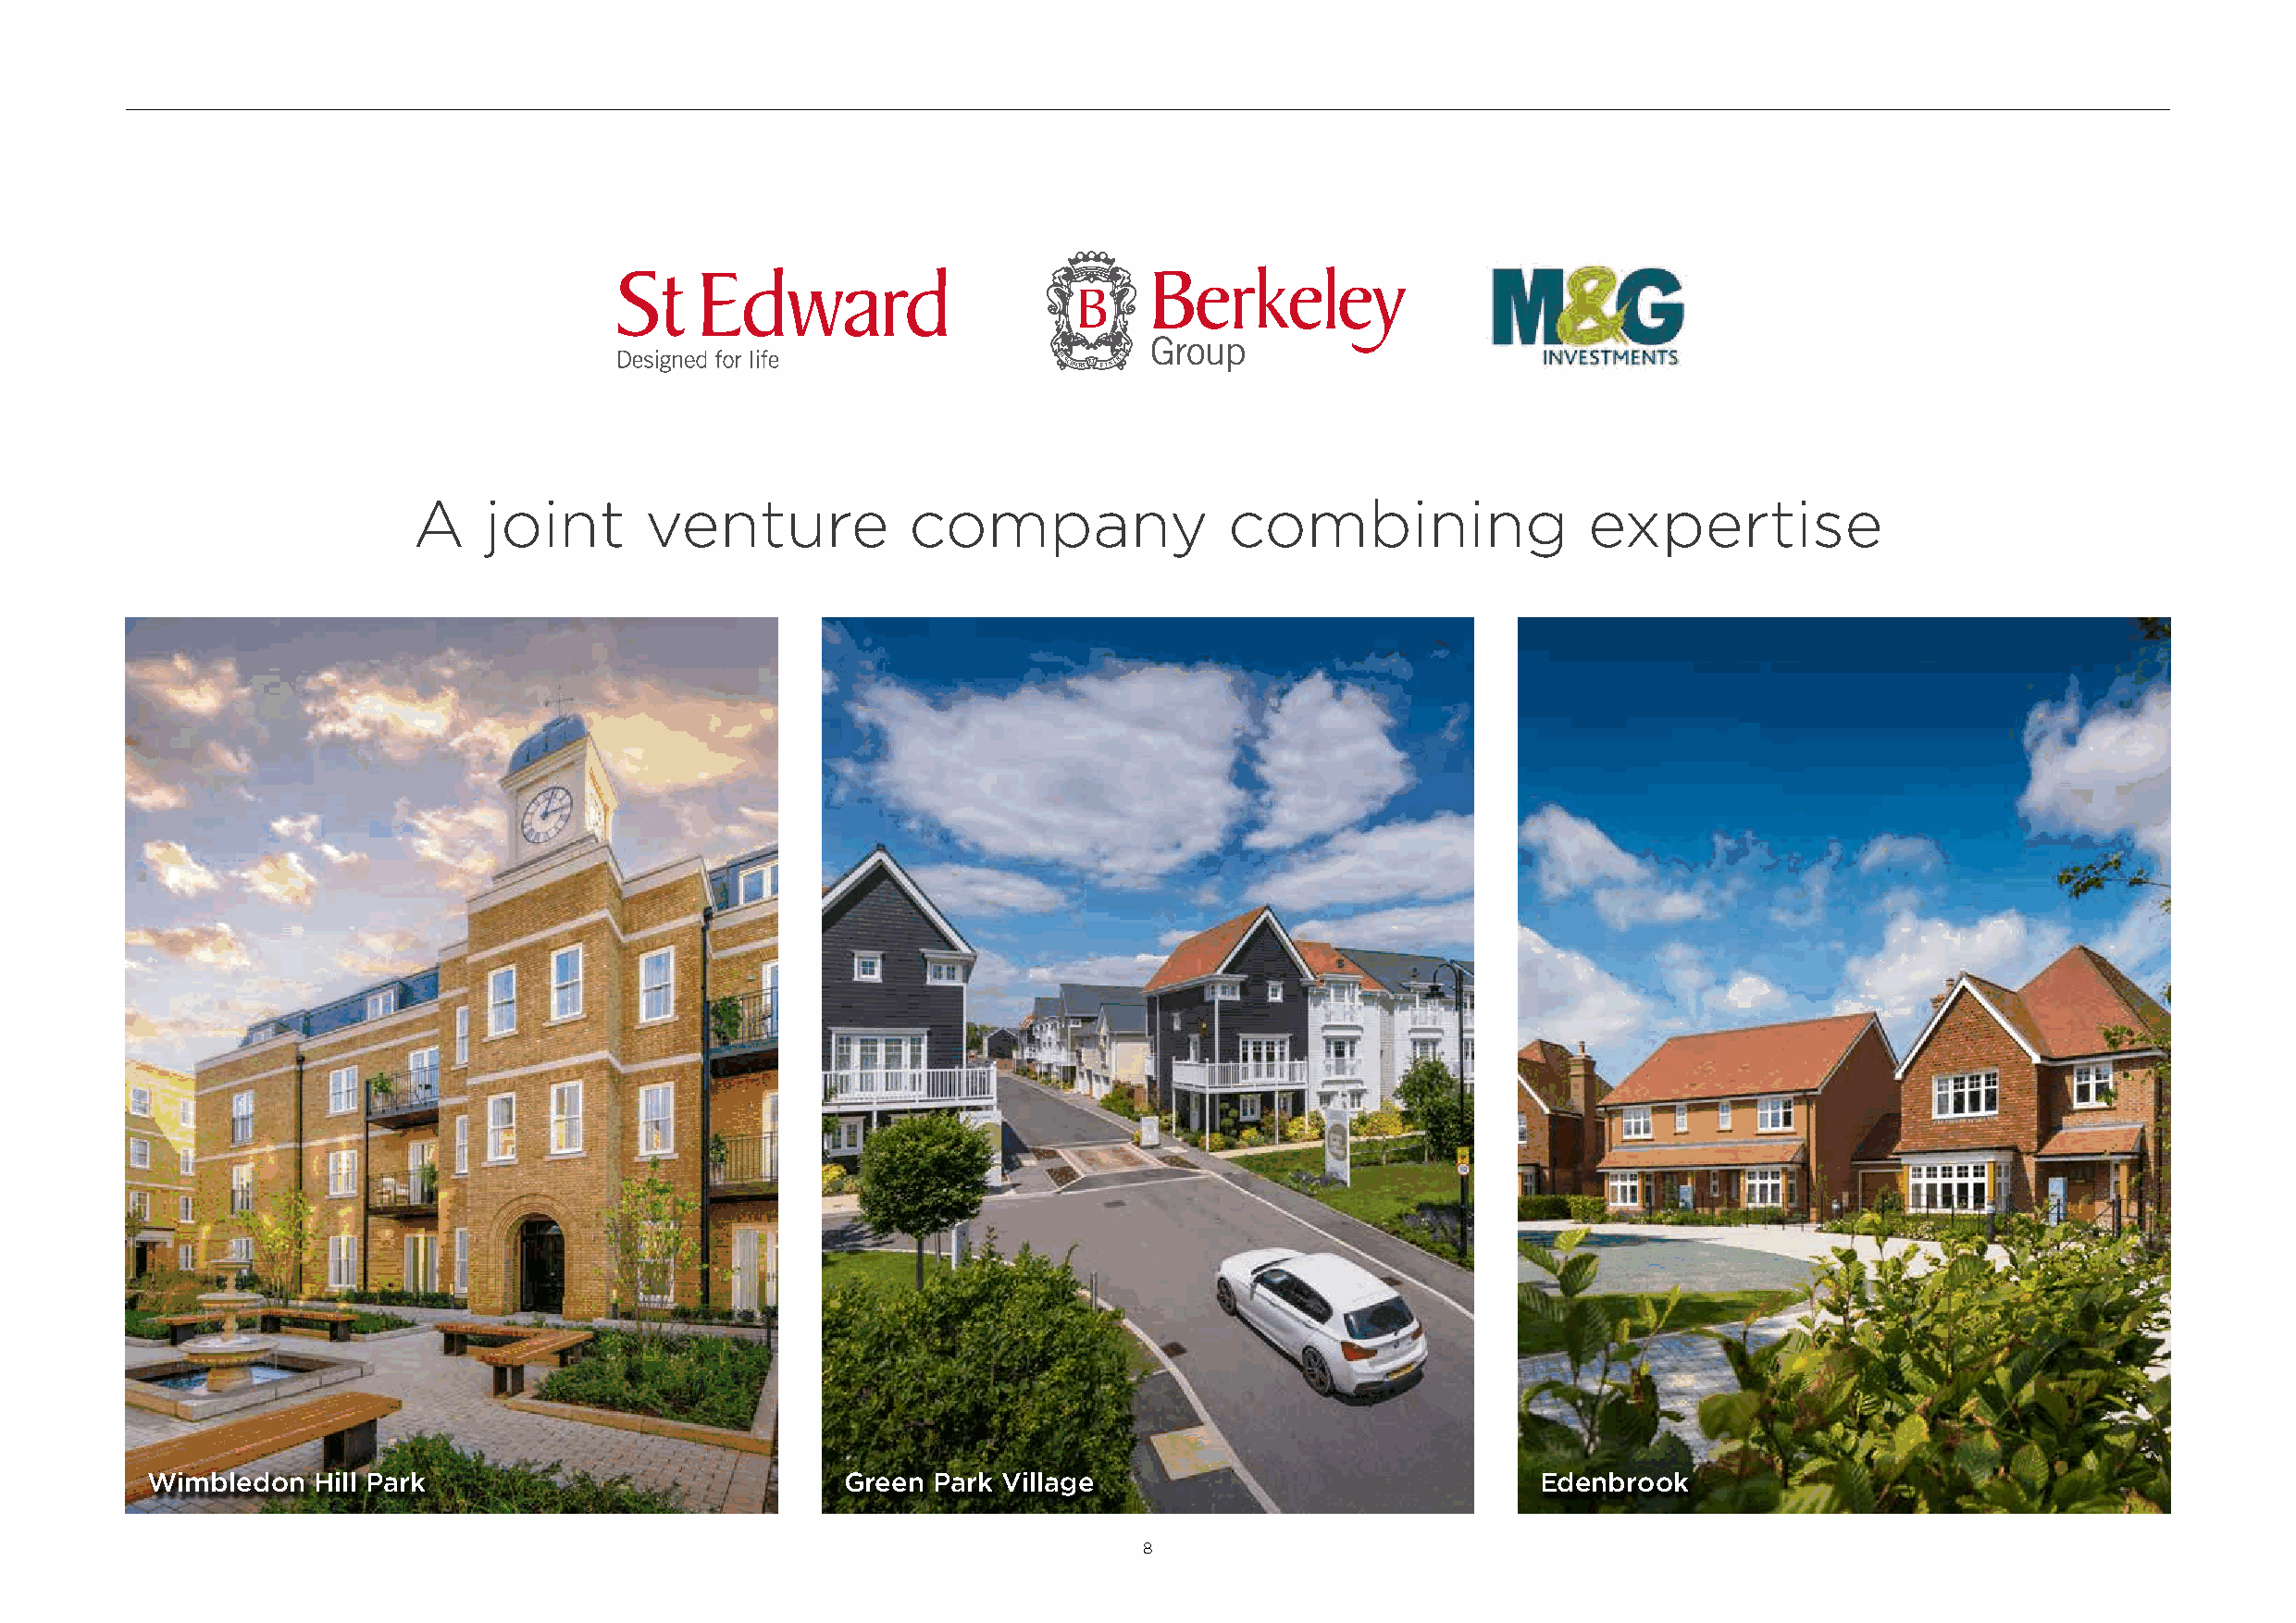
A    joint      venture            company                combining                 expertise
 Wimbledon  Hill Park                             Green  Park Village                               Edenbrook
 8